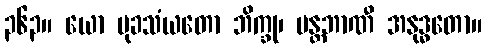
၃၆၃။ ယော မုခသံယတော ဘိက္ခု၊ မန္တဘာဏီ အနုဒ္ဓတော။